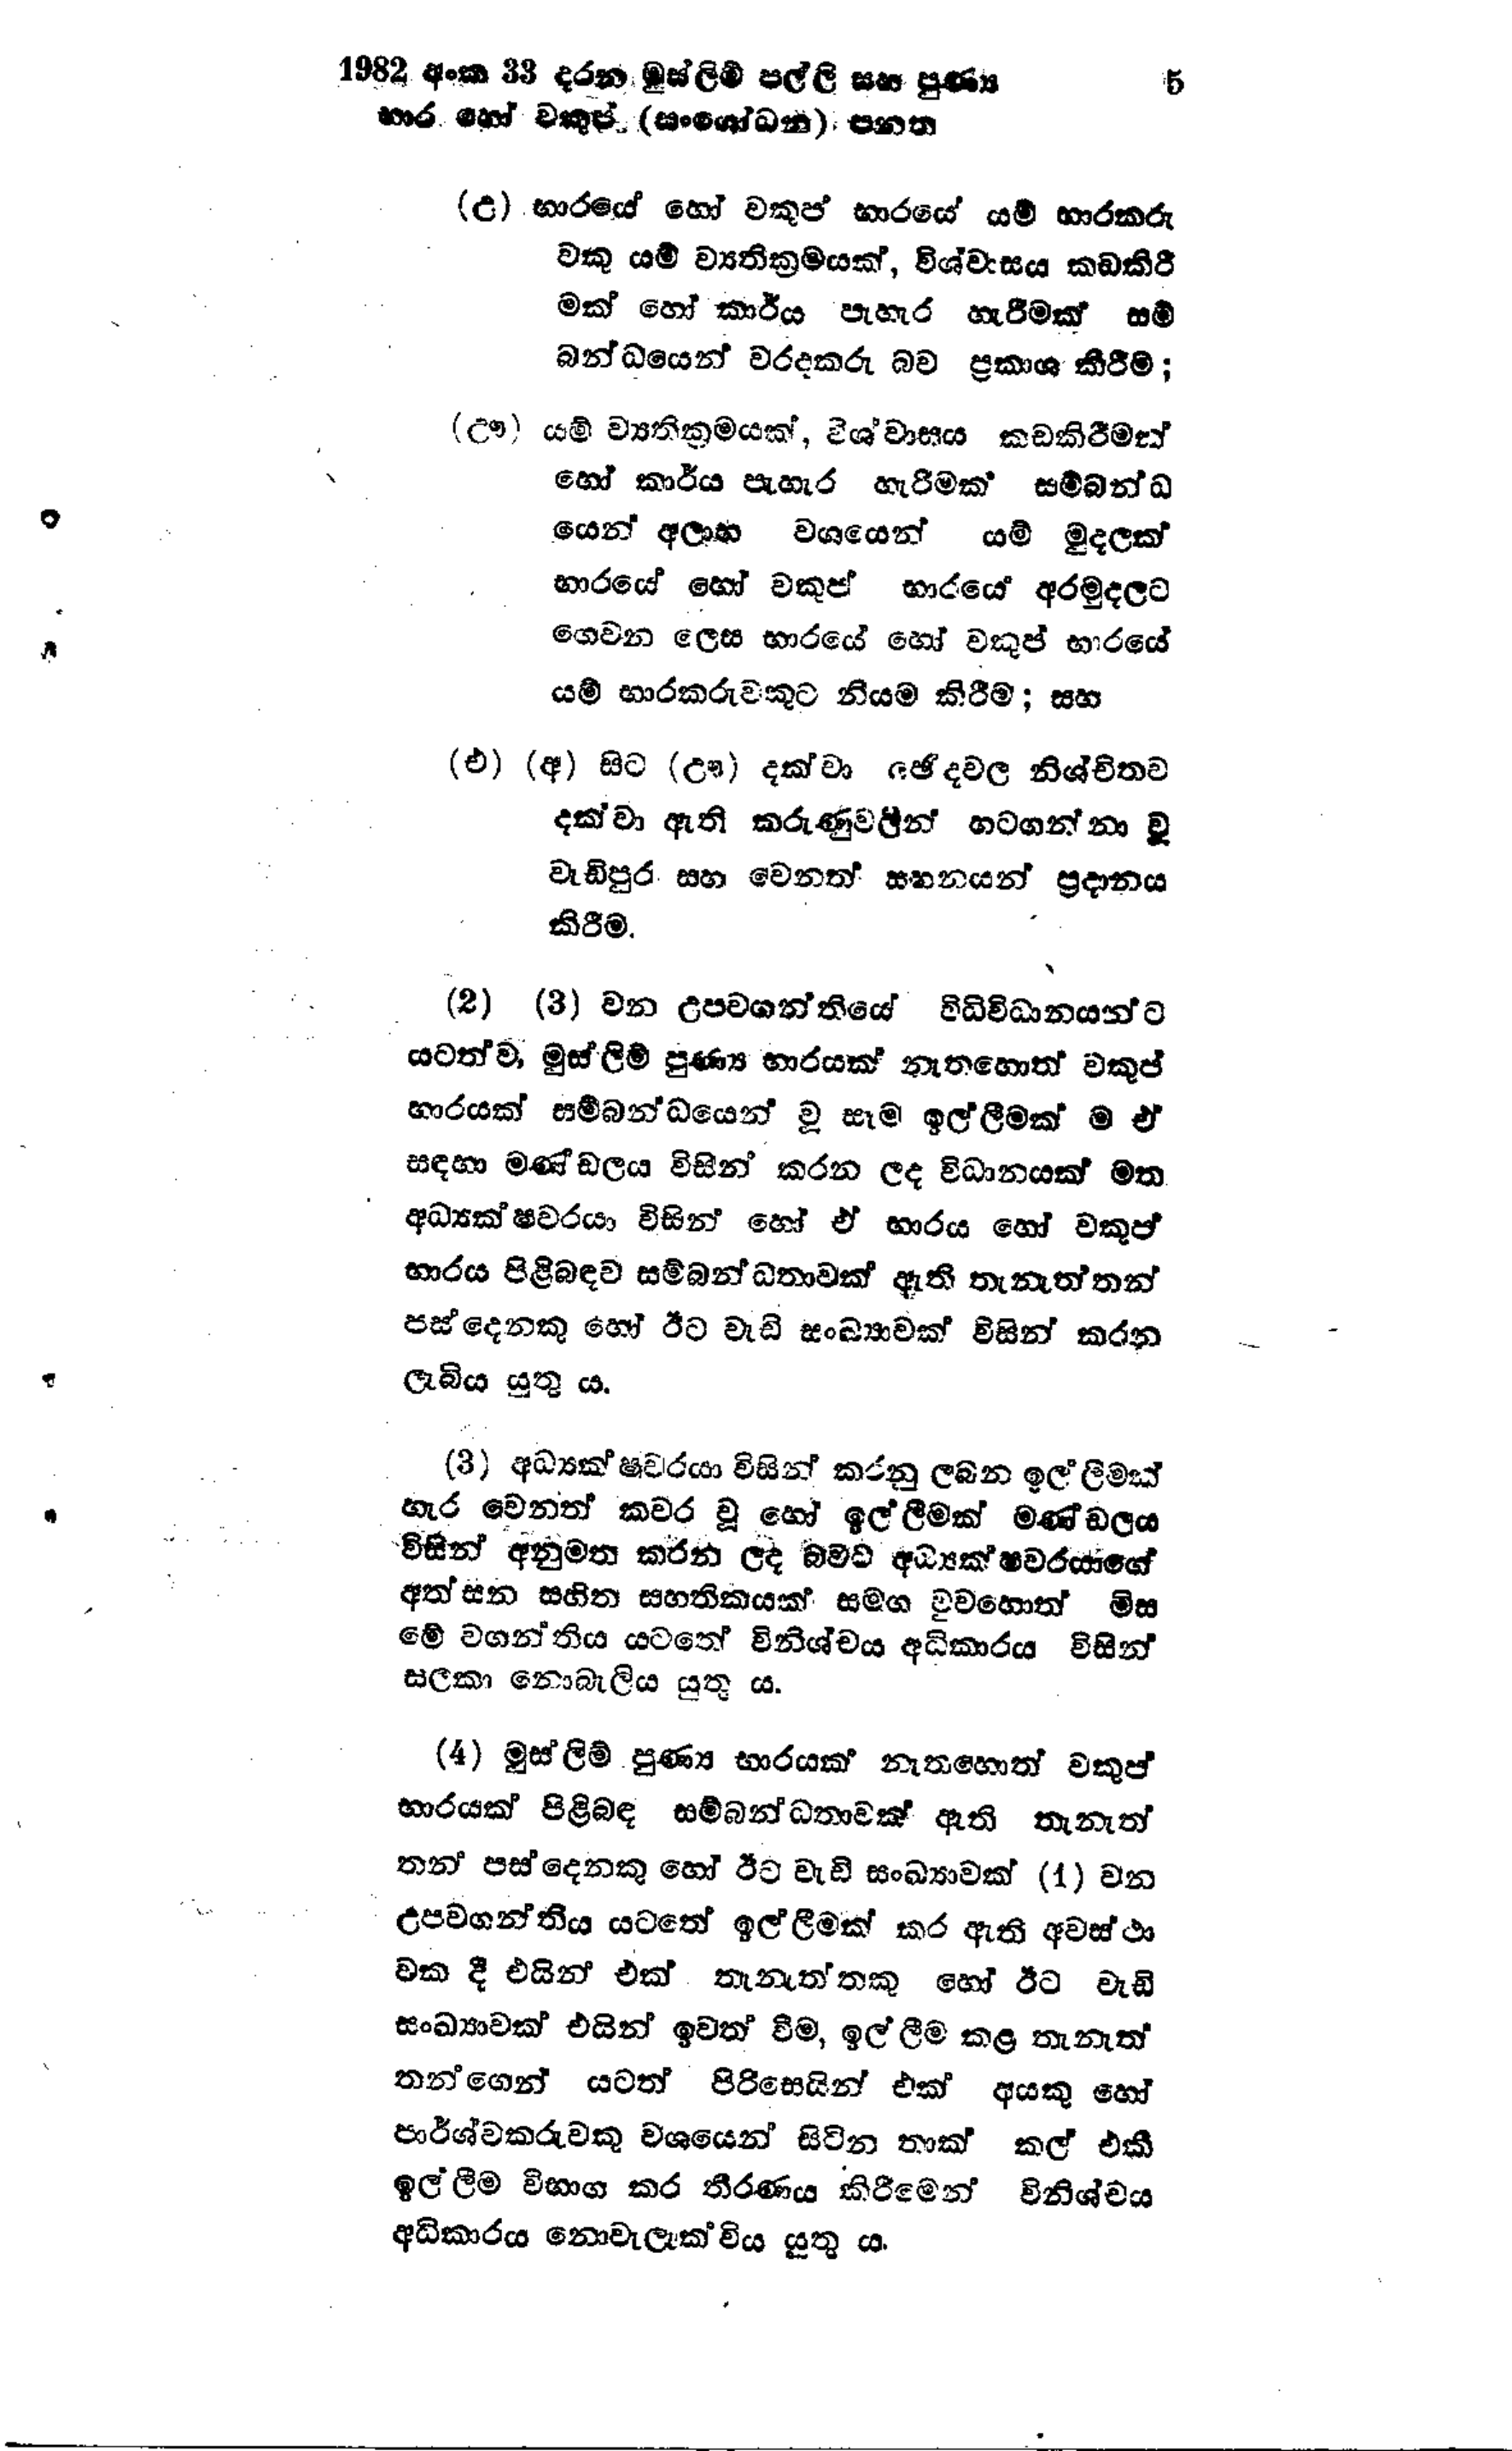
1982 අංක 33 දරන මුස්ලිම් පල්ලි සහ පුණ්‍ය  5
භාර හෝ වකුප් (සංශෝධන) පනත

(උ) භාරයේ හෝ වකුප් භාරයේ යම් භාරකරු
වකු යම් ව්‍යතික්‍රමයක්, විශ්වාසය කඩකිරී
මක් හෝ කාර්ය පැහැර හැරීමක්
බන්ධයෙන් වරදකරු බව ප්‍රකාශ කිරීම;

(ඌ) යම් ව්‍යතික්‍රමයක්, විශ්වාසය කඩකිරීමක්
හෝ කාර්ය පැහැර හැරීමක සම්බන්ධ
යෙන් අලාභ වශයෙන් යම් මුදලක්
භාරයේ හෝ වකුප් භාරයේ අරමුදලට
ගෙවන ලෙස භාරයේ හෝ වකුප් භාරයේ
යම් භාරකරුවකුට නියම කිරීම; සහ

(එ) (අ) සිට (ඌ) දක්වා ඡේදවල නිශ්චිතව
දක්වා ඇති කරුණුවලින් හටගන්නා වූ
වැඩිපුර සහ වෙනත් සහනයන් ප්‍රදානය
කිරීම.

(2) (3) වන උපවගන්තියේ විධිවිධානයන්ට
යටත්ව, මුස්ලිම් පුණ්‍ය භාරයක් නැතහොත් වකුප්
භාරයක් සම්බන්ධයෙන් වූ සෑම ඉල්ලීමක් ම ඒ
සඳහා මණ්ඩලය විසින් කරන ලද විධානයක් මත
අධ්‍යක්ෂවරයා විසින් හෝ ඒ භාරය හෝ වකුප්
භාරය පිළිබඳව සම්බන්ධතාවක් ඇති තැනැත්තන්
පස් දෙනකු හෝ ඊට වැඩි සංඛ්‍යාවක් විසින් කරන
ලැබිය යුතු ය.

(3) අධ්‍යක්ෂවරයා විසින් කරනු ලබන ඉල්ලීමක්
හැර වෙනත් කවර වූ හෝ ඉල්ලීමක් මණ්ඩලය
විසින් අනුමත කරන ලද බවට අධ්‍යක්ෂවරයාගේ
අත්සන සහිත සහතිකයක් සමඟ වුවහොත් මිස
මේ වගන්තිය යටතේ විනිශ්චය අධිකාරය විසින්
සලකා නොබැලිය යුතුය.

(4) මුස්ලිම් පුණ්‍ය භාරයක් නැතහොත් වකුප්
භාරයක් පිළිබඳ සම්බන්ධතාවක් ඇති තැනැත්
තන පස්දෙනකු හෝ ඊට වැඩි සංඛ්‍යාවක් (1) වන
උපවගන්තිය යටතේ ඉල්ලීමක් කර ඇති අවස්ථා
වක දී එයින් එක් තැනැත්තකු හෝ ඊට වැඩි
සංඛ්‍යාවක් එයින් ඉවත් වීම, ඉල්ලීම කළ තැනැත්
තන්ගෙන් යටත් පිරිසෙයින් එක් අයකු හෝ
පාර්ශ්වකරුවකු වශයෙන් සිටින තාක් කල් එකී
ඉල්ලීම විභාග කර තීරණය කිරීමෙන් විනිශ්චය
අධිකාරය නොවැලැක්විය යුතු ය.